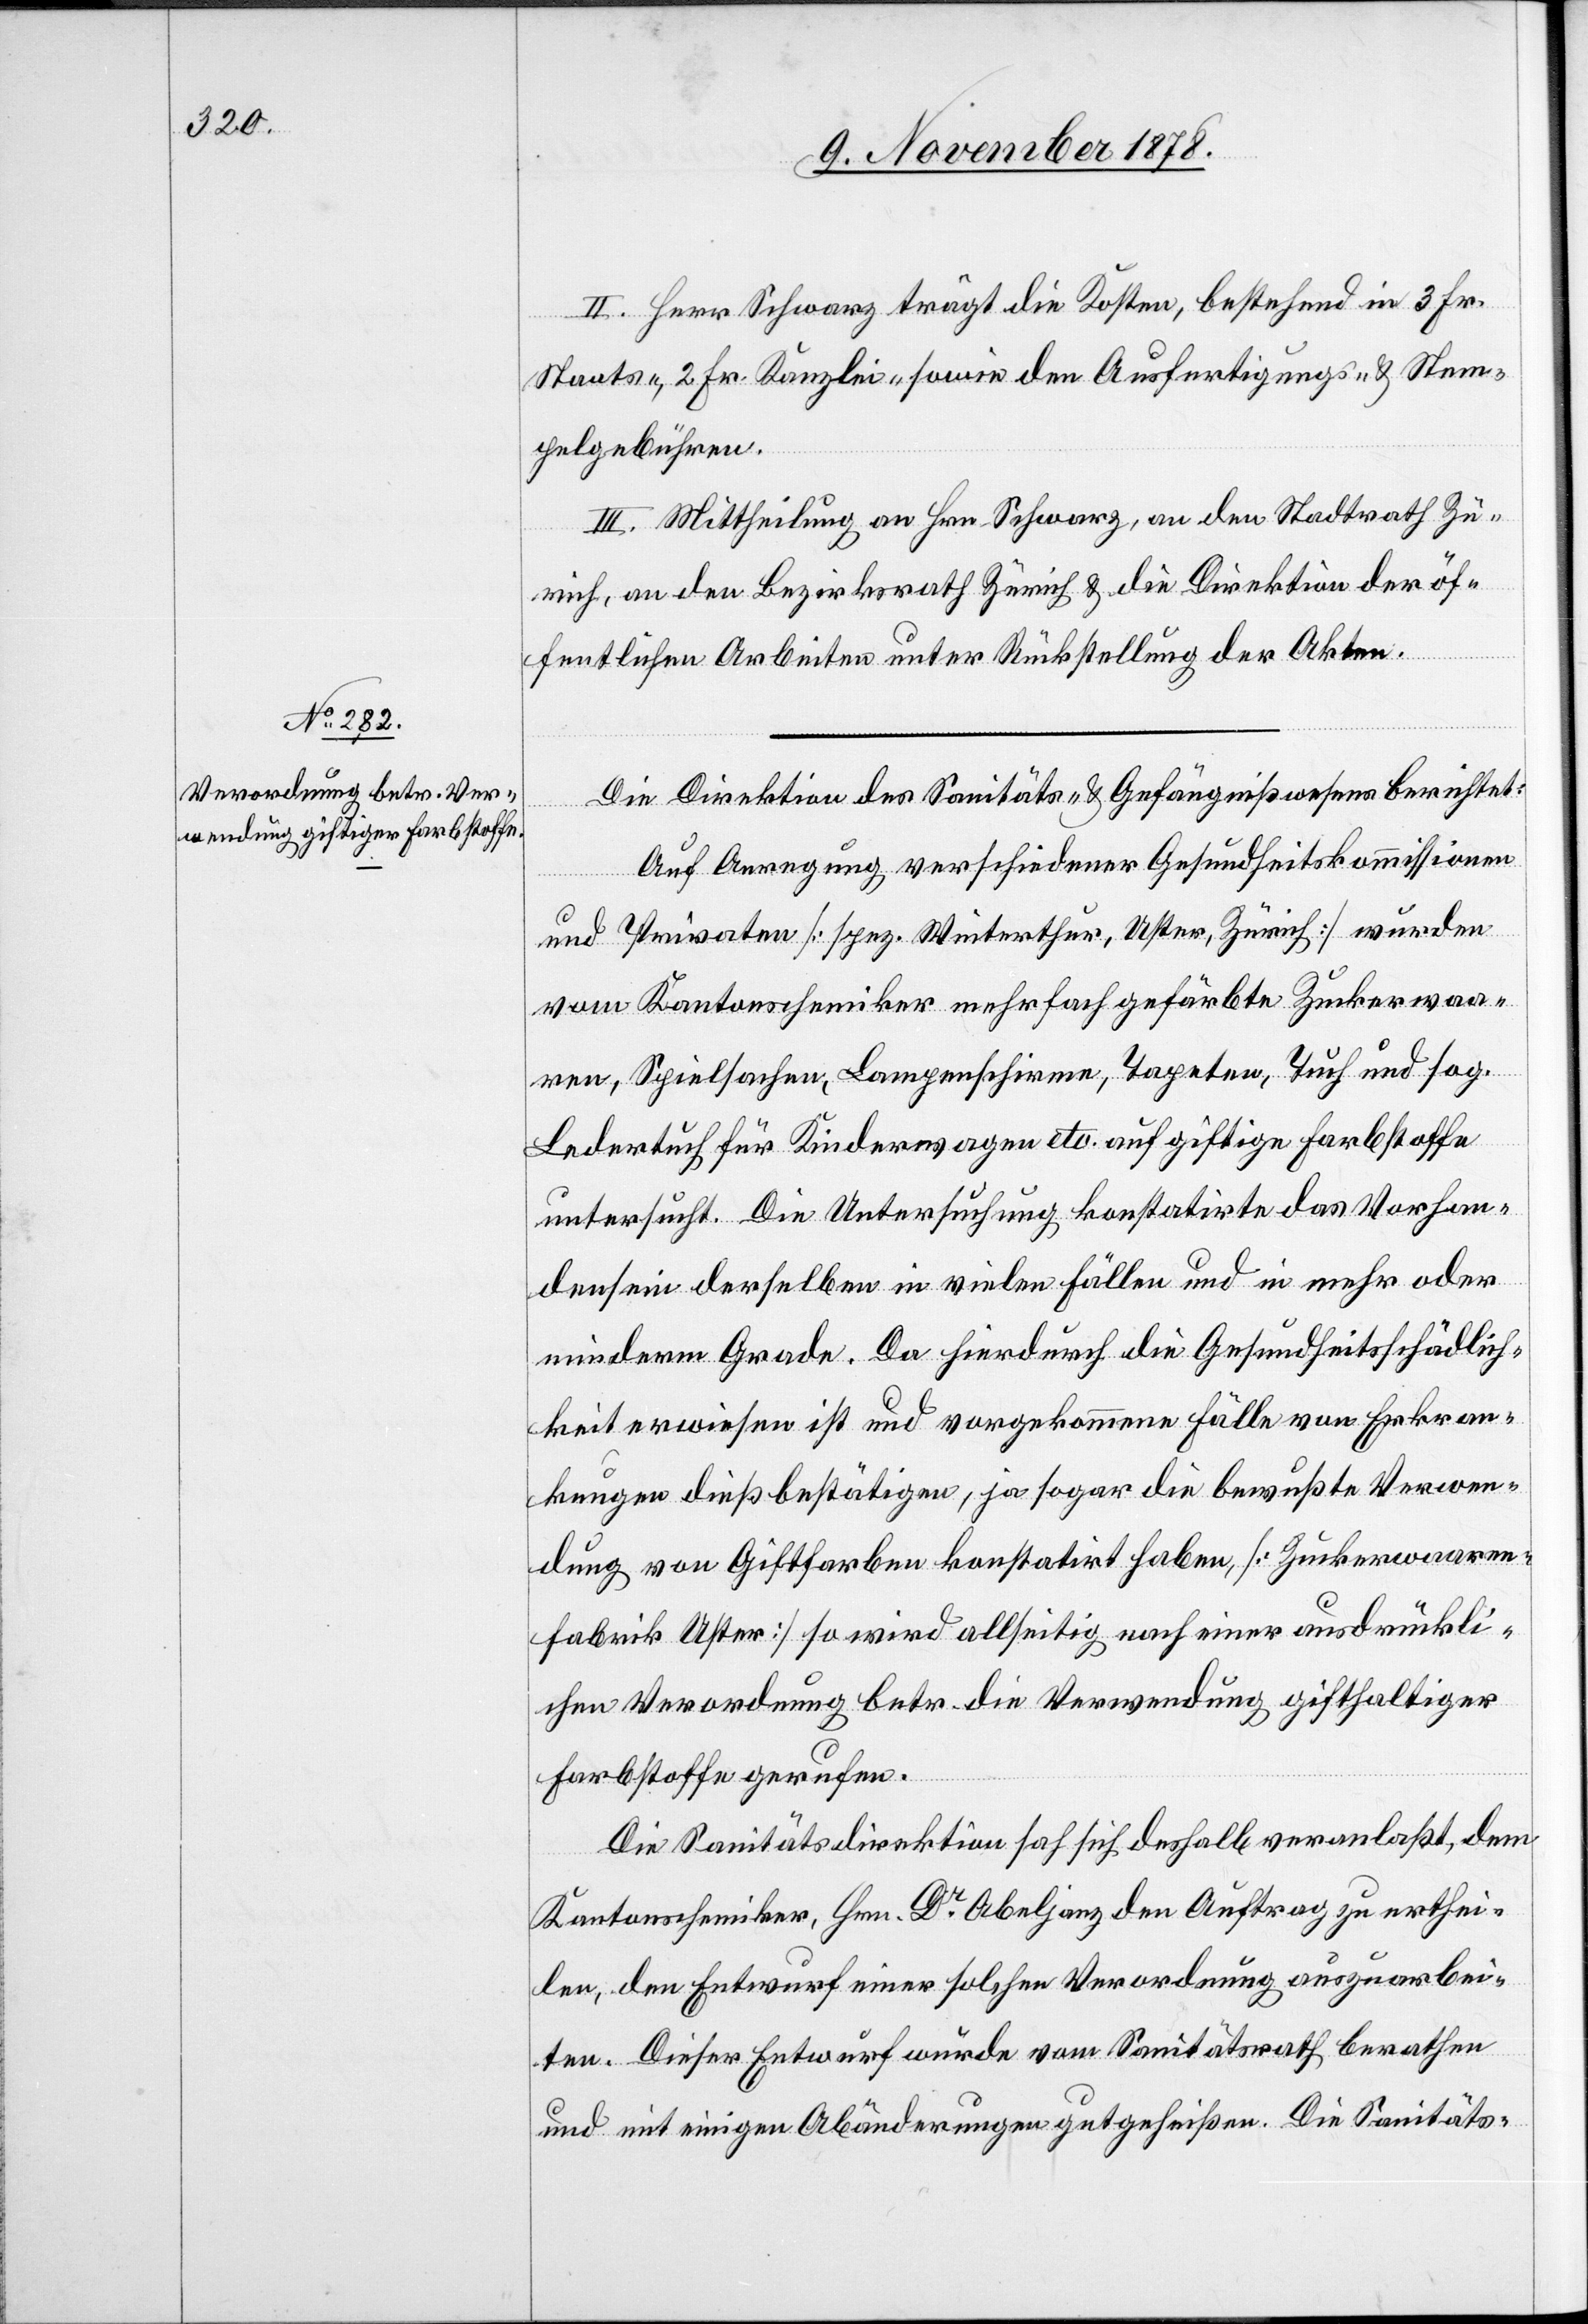
II. Herr Schwarz trägt die Kosten, bestehend in 3 Fr.
Staats-, 2 Fr. Kanzlei- sowie den Ausfertigungs- und Stem¬
pelgebühren.
III. Mittheilung an Hrn. Schwarz, an den Stadtrath Zü¬
rich, an den Bezirksrath Zürich & die Direktion der öf¬
fentlichen Arbeiten unter Rückstellung der Akten.
Die Direktion des Sanitäts- & Gefängnißwesens berichtet:
Auf Anregung verschiedener Gesundheitskommissionen
und Privaten [spez. Winterthur, Uster, Zürich] wurden
vom Kantonschemiker mehrfach gefärbte Zuckerwaa¬
ren, Spielsachen, Lampenschirme, Tapeten, Tuch und sog.
Ledertuch für Kinderwagen etc. auf giftige Farbstoffe
untersucht. Die Untersuchung konstatirte das Vorhan¬
densein derselben in vielen Fällen und in mehr oder
minderm Grade. Da hierdurch die Gesundheitsschädlich¬
keit erwiesen ist und vorgekommene Fälle von Erkran¬
kungen dieß bestätigen, ja sogar die bewusste Verwen¬
dung von Giftfarben konstatirt haben, [Zuckerwaaren¬
fabrik Uster] so wird allseitig nach einer ausdrückli¬
chen Verordnung betr. die Verwendung gifthaltiger
Farbstoffe gerufen.
Die Sanitätsdirektion sah sich deshalb veranlaßt, dem
Kantonschemiker, Hrn. Dr Abeljanz den Auftrag zu erthei¬
len, den Entwurf einer solchen Verordnung auszuarbei¬
ten. Dieser Entwurf wurde vom Sanitätsrath berathen
und mit einigen Abänderungen gutgeheißen. Die Sanitäts-